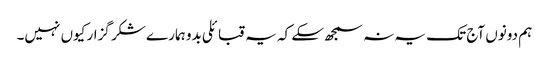
ہم دونوں آج تک یہ نہ سمجھ سکے کہ یہ قبائلی بدو ہمارے شکر گزار کیوں نہیں۔